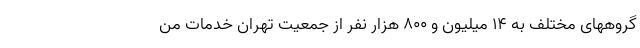
گروههای مختلف به ۱۴ میلیون و ۸۰۰ هزار نفر از جمعیت تهران خدمات من